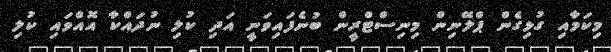
މިކަމާއި ގުޅިގެން ޕްލޭނިން މިނިސްޓްރީން ބުނެފައިވަނީ އަދި ކުލި ނުދައްކާ އޮއްވައި ކުލި